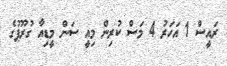
ރައީސް 1 އަހަރު 4 މަސް ކުރިން މިއީ ސަން މީޑިއާ ގުރޫޕުގެ